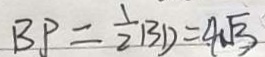
B P = \frac { 1 } { 2 } B D = 4 \sqrt { 3 }